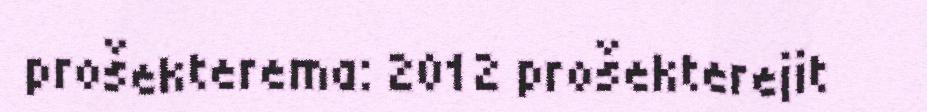
prošekterema: 2012 prošekterejit